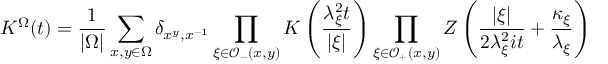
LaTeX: K ^ { \Omega } ( t ) = \frac { 1 } { \left| \Omega \right| } \sum _ { x , y \in \Omega } \delta _ { x ^ { y } , x ^ { - 1 } } \prod _ { \xi \in \mathcal { O } _ { - } ( x , y ) } K \left( \frac { \lambda _ { \xi } ^ { 2 } t } { \left| \xi \right| } \right) \prod _ { \xi \in \mathcal { O } _ { + } ( x , y ) } Z \left( \frac { \left| \xi \right| } { 2 \lambda _ { \xi } ^ { 2 } i t } + \frac { \kappa _ { \xi } } { \lambda _ { \xi } } \right)